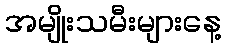
အမျိုးသမီးများနေ့